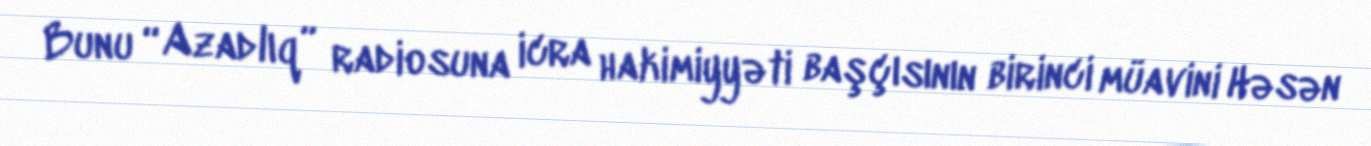
Bunu “Azadlıq” radiosuna icra hakimiyyəti başçısının birinci müavini Həsən